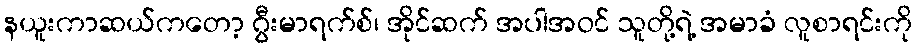
နယူးကာဆယ်ကတော့ ဂွီးမာရက်စ်၊ အိုင်ဆက် အပါအဝင် သူတို့ရဲ့ အမာခံ လူစာရင်းကို